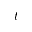
t